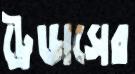
ট্রেডাসের